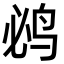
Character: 𮭤